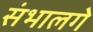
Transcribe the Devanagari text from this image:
संभालगे